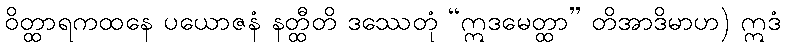
ဝိတ္ထာရကထနေ ပယောဇနံ နတ္ထီတိ ဒဿေတုံ “ဣဒမေတ္ထာ” တိအာဒိမာဟ) ဣဒံ